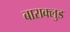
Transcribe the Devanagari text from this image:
बाराक्लुड